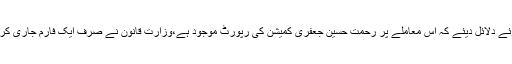
اس موقع پر نیب پراسیکیوٹرذیشان مسعود نے بابر اعوان کی بریت درخواست کی مخالفت کرتے ہوئے دلائل دیئے کہ اس معاملے پر رحمت حسین جعفری کمیشن کی رپورٹ موجود ہے،وزارت قانون نے صرف ایک فارم جاری کرنا تھاجو نہیں کیاگیا اور یہ سب بابر اعوان کے دور میں وزارت قانون کی نااہلی کے باعث ہوا ہے۔